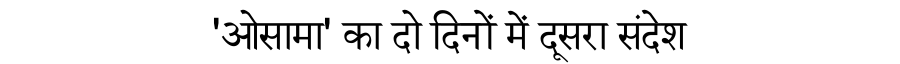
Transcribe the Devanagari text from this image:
'ओसामा' का दो दिनों में दूसरा संदेश